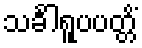
သင်္ခါရူပပတ္တိံ